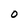
Character: 0